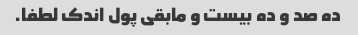
ده صد و ده بیست و مابقی پول اندک لطفا.